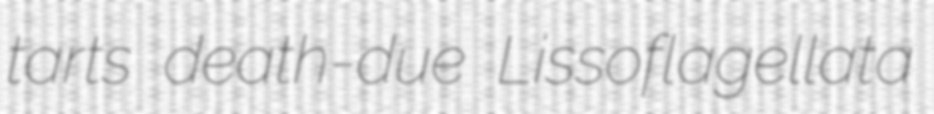
tarts death-due Lissoflagellata